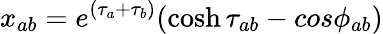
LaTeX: x_{ab}=e^{(\tau_{a}+\tau_{b})}(\cosh\tau_{ab}-cos\phi_{ab})